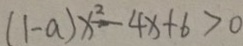
( 1 - a ) x ^ { 2 } - 4 x + 6 > 0